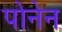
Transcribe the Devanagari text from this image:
पोनेन